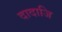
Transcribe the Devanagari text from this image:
दादाजि